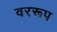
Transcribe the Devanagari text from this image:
वररूप